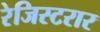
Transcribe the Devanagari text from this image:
रेजिस्टरार